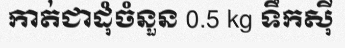
កាត់ជាដុំចំនួន 0.5 kg ទឹកស៊ី